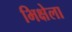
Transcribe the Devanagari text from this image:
भिक्षेला